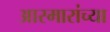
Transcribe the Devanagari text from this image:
आरमारांच्या